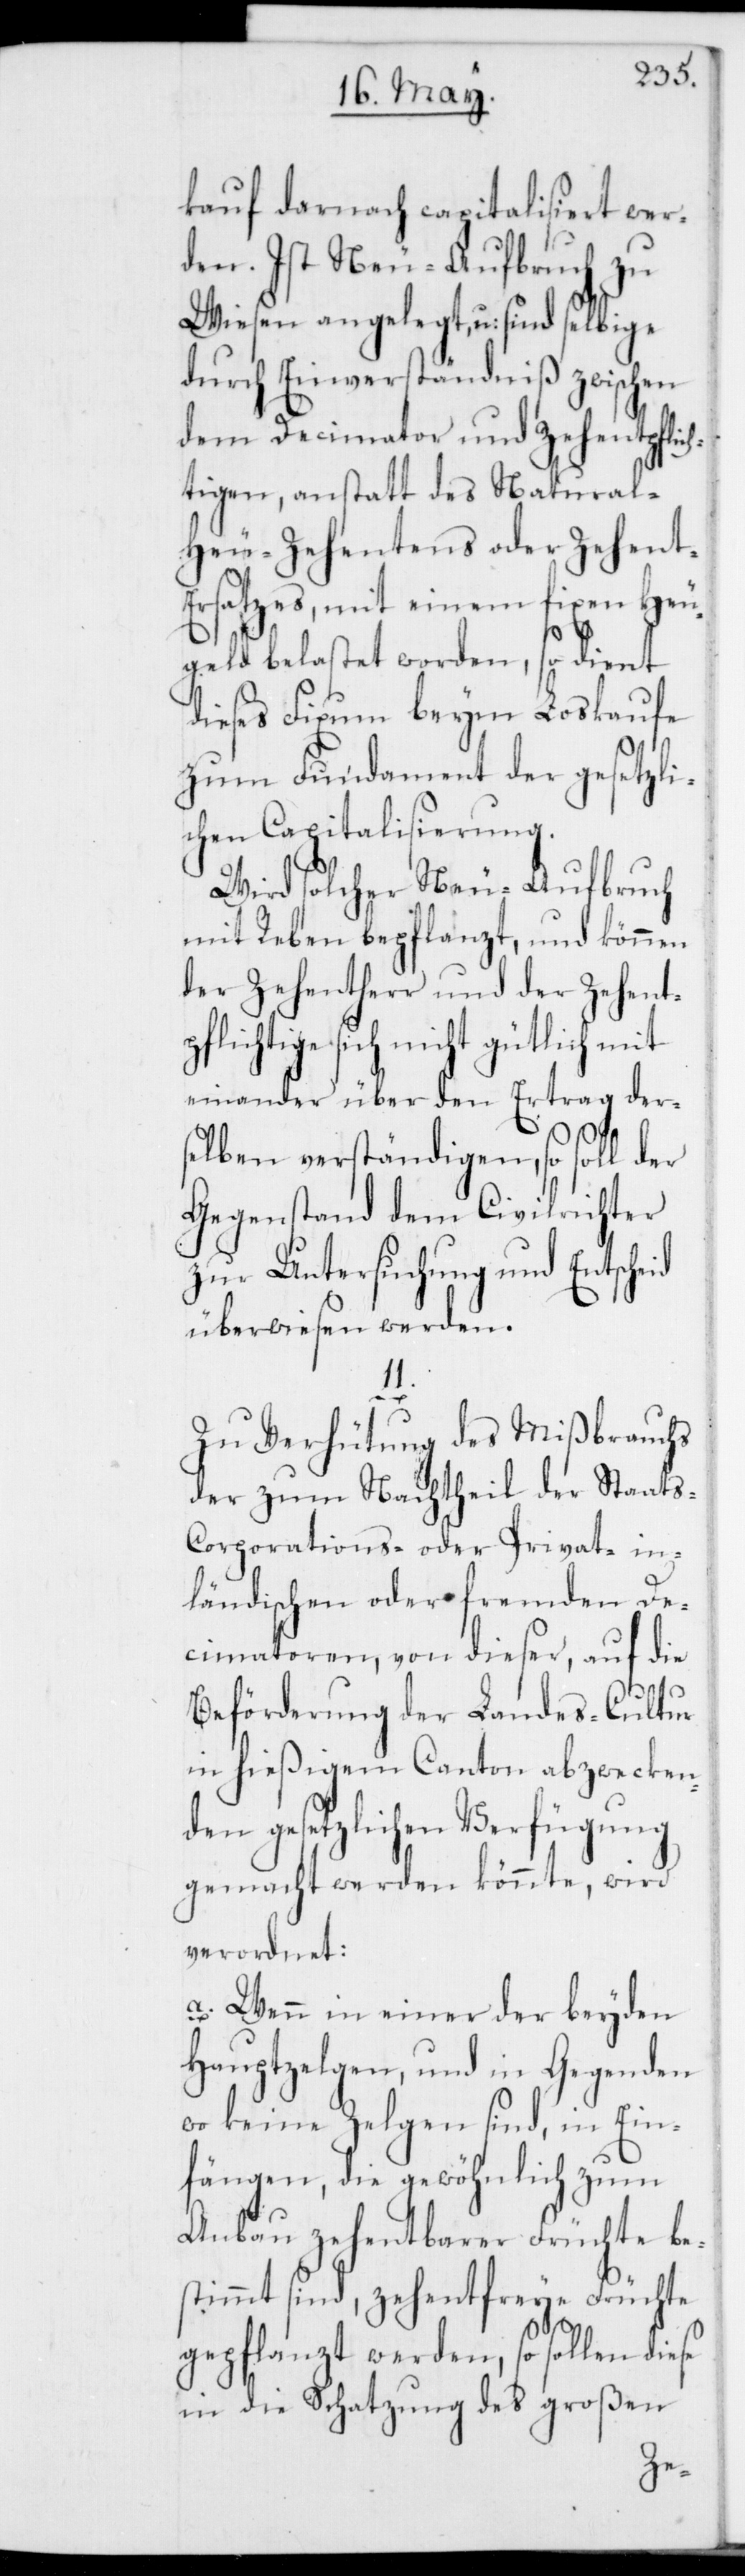
kauf darnach capitalisiert wer¬
den. Ist Neu-Aufbruch zu
Wiesen angelegt, u: sind selbige
durch Einverständniß zwischen
dem Decimator und Zehentpflic¬
htigen, anstatt des Natural-H¬
eu-Zehentens oder Zehent-E¬
rsatzes, mit einem fixen Heu¬
geld belastet worden, so dient
dieses Fixum beym Loskaufe
zum Fundament der gesetzli¬
chen Capitalisierung.
Wird solcher Neu-Aufbruch
mit Reben bepflanzt, und können
der Zehentherr und der Zehentp¬
flichtige sich nicht gütlich mit¬
einander über den Ertrag der¬
selben verständigen, so soll der
Gegenstand dem Civilrichter
zur Untersuchung und Entscheid
überwiesen werden.
s-[,]
Zu Verhütung des Mißbrauchs
der zum Nachtheil der Staat¬
Corporations- oder Privat- in¬
ländischen oder fremden De¬
cimatoren, von dieser, auf die
Beförderung der Landes-Cultur
in hießigem Canton abzwecken¬
den gesetzlichen Verfügung
gemacht werden könnte, wird
verordnet:
a. Wenn in einer der beyden
Hauptzelgen, und in Gegenden
wo keine Zelgen sind, in Ein¬
fängen, die gewöhnlich zum
Anbau zehentbarer Früchte be¬
stimmt sind, zehentfreye Früchte
gepflanzt werden, so sollen diese
in die Schatzung des großen